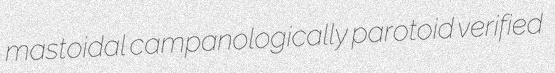
mastoidal campanologically parotoid verified